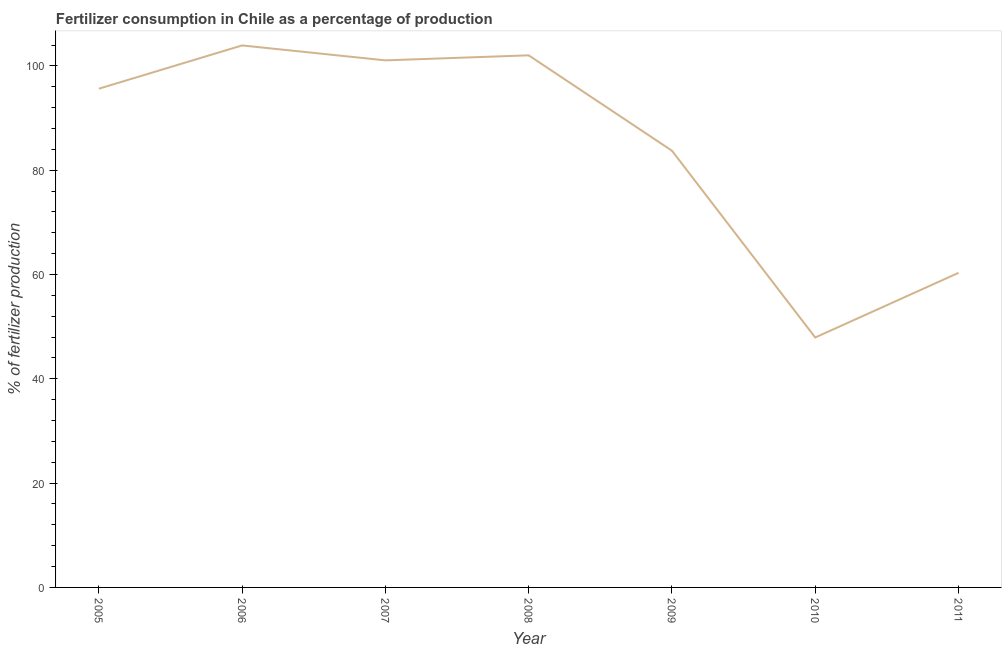
| Year | Fertilizer consumption |
 | --- | --- |
 | 2005 | 95.6 |
 | 2006 | 104 |
 | 2007 | 101 |
 | 2008 | 102 |
 | 2009 | 83.7 |
 | 2010 | 47.9 |
 | 2011 | 60.3 |